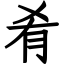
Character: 肴